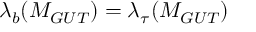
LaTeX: \lambda _ { b } ( M _ { G U T } ) = \lambda _ { \tau } ( M _ { G U T } )